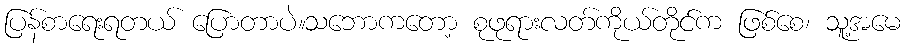
ပြန်စာရေးရတယ် ပြောတာပဲ။သဘောကတော့ စုဖုရားလတ်ကိုယ်တိုင်က ဖြစ်စေ၊ သူ့အမေ